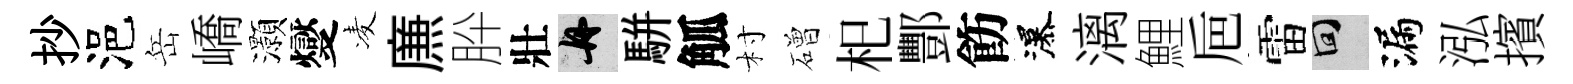
抄浥岳嶠灝燮凌㢘肸壯舟駢觚村磳𣏌酆飭瀑漓鯉巵雷回漏泓擯